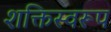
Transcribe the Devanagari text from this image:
शक्तिस्वरूप